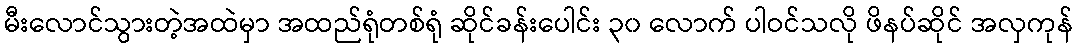
မီးလောင်သွားတဲ့အထဲမှာ အထည်ရုံတစ်ရုံ ဆိုင်ခန်းပေါင်း ၃၀ လောက် ပါဝင်သလို ဖိနပ်ဆိုင် အလှကုန်